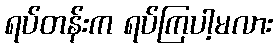
ရပ်တန်းက ရပ်ကြပါ့မလား